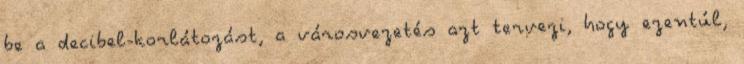
be a decibel-korlátozást, a városvezetés azt tervezi, hogy ezentúl,